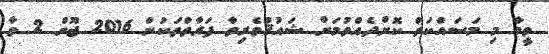
ވީމާ މި މަސައްކަތް ކޮށްދެއްވުމަށް ޝައުޤުވެރިވާ ފަރާތްތަކުން 2016 ޖޫން 2 ވާ